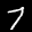
Label: 7